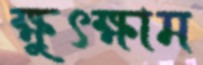
ক্ষুৎক্ষাম